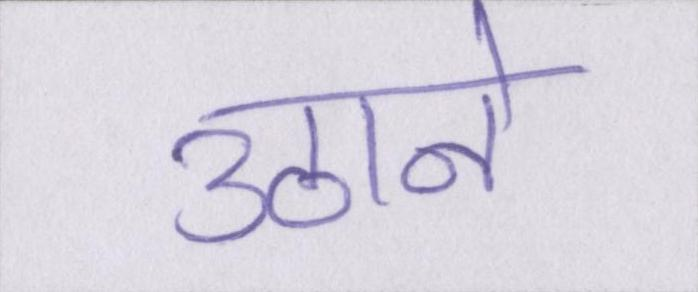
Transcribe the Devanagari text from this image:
उठाने